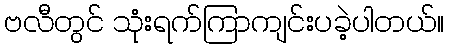
ဗလီတွင် သုံးရက်ကြာကျင်းပခဲ့ပါတယ်။